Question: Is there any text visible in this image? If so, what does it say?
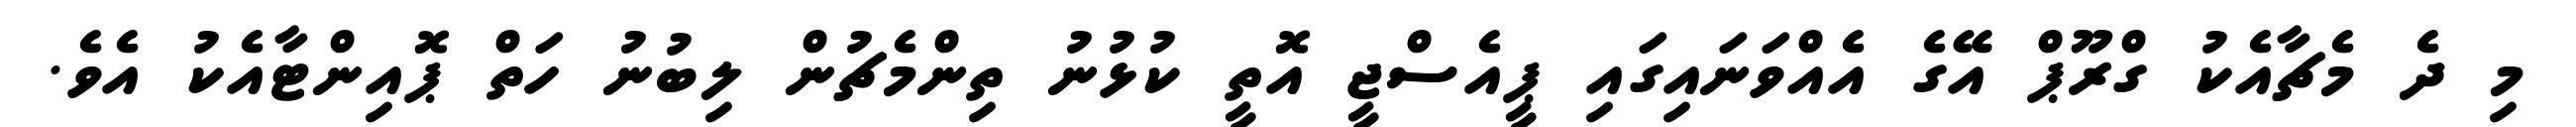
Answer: މި ދެ މެޗާއެކު ގްރޫޕް އޭގެ އެއްވަނައިގައި ޕީއެސްޖީ އޮތީ ކުޅުނު ތިންމެޗުން ލިބުނު ހަތް ޕޮއިންޓާއެކު އެވެ.